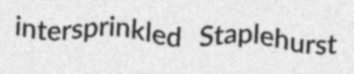
intersprinkled Staplehurst